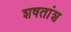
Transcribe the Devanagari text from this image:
शषतांश